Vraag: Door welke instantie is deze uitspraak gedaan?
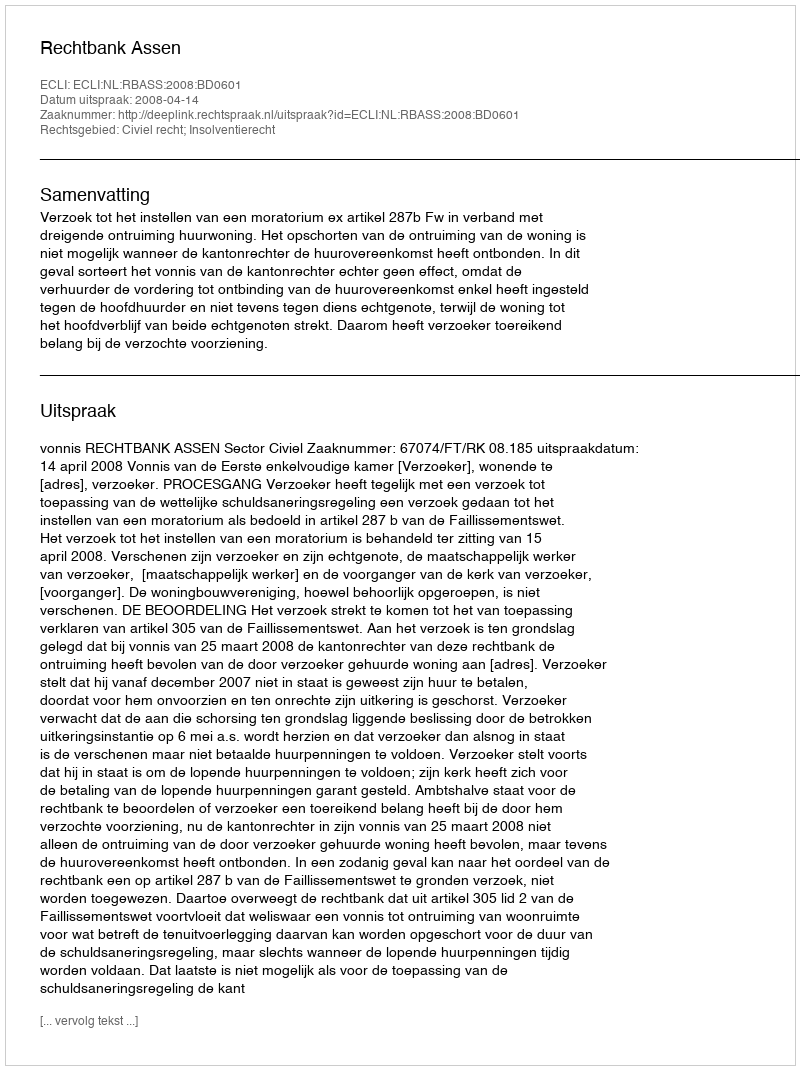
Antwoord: Rechtbank Assen